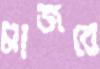
মাজবে